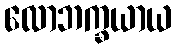
လောဘက္ခယာယ